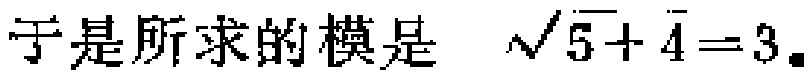
于是所求的模是 $\sqrt{5 + 4}=3.$